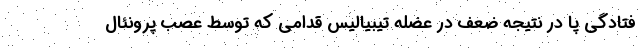
فتادگی پا در نتیجه ضعف در عضله تیبیالیس قدامی که توسط عصب پرونئال